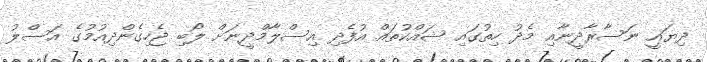
ދިޔައީ ނަސާރާދީނާއި މެދު ހިތުގައި ޝައްކުތައް އުފެދި އިސްލާމްދީނަށް ލޯބި ޖެހިގެންދިއުމުގެ އަސްލު